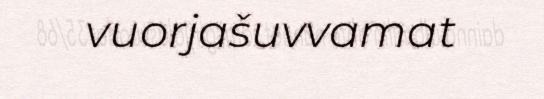
vuorjašuvvamat